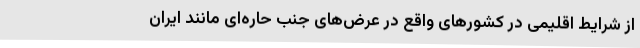
از شرایط اقلیمی در کشورهای واقع در عرض‌های جنب حاره‌ای مانند ایران